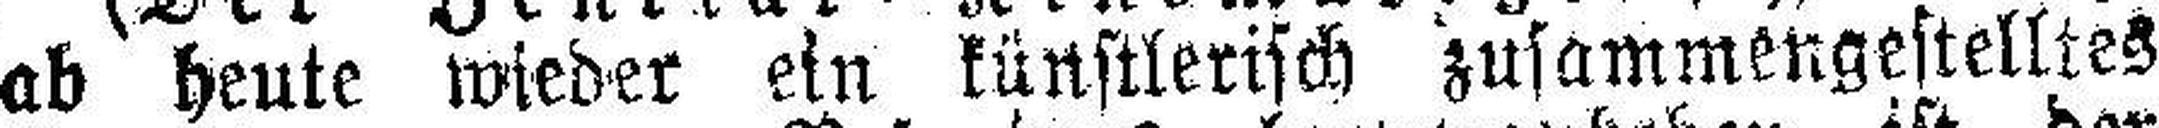
ab heute wieder ein künstlerisch zusammengestelltes